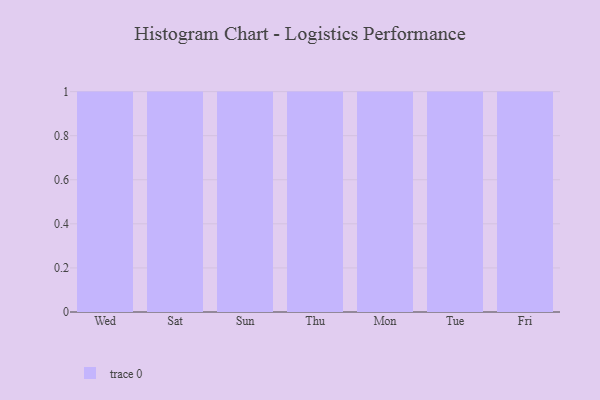
{"axis": {"x": "Day", "y": "Website Visitors"}, "legend": [""], "data": [{"x": "Wed", "y": 19, "type": ""}, {"x": "Sat", "y": 71, "type": ""}, {"x": "Sun", "y": 46, "type": ""}, {"x": "Thu", "y": 40, "type": ""}, {"x": "Mon", "y": 4, "type": ""}, {"x": "Tue", "y": 22, "type": ""}, {"x": "Fri", "y": 70, "type": ""}]}